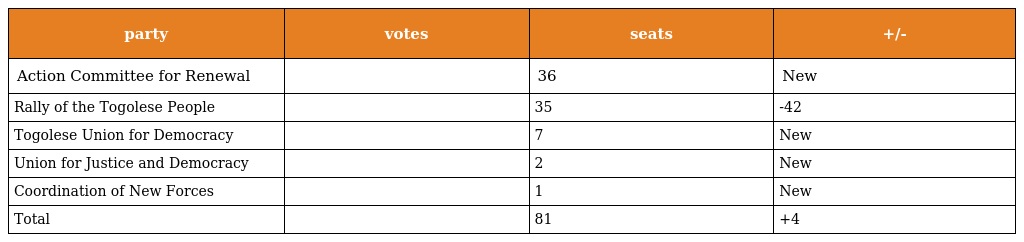
| party | votes | seats | +/- |
 | --- | --- | --- | --- |
 | Action Committee for Renewal |  | 36 | New |
 | Rally of the Togolese People |  | 35 | -42 |
 | Togolese Union for Democracy |  | 7 | New |
 | Union for Justice and Democracy |  | 2 | New |
 | Coordination of New Forces |  | 1 | New |
 | Total |  | 81 | +4 |